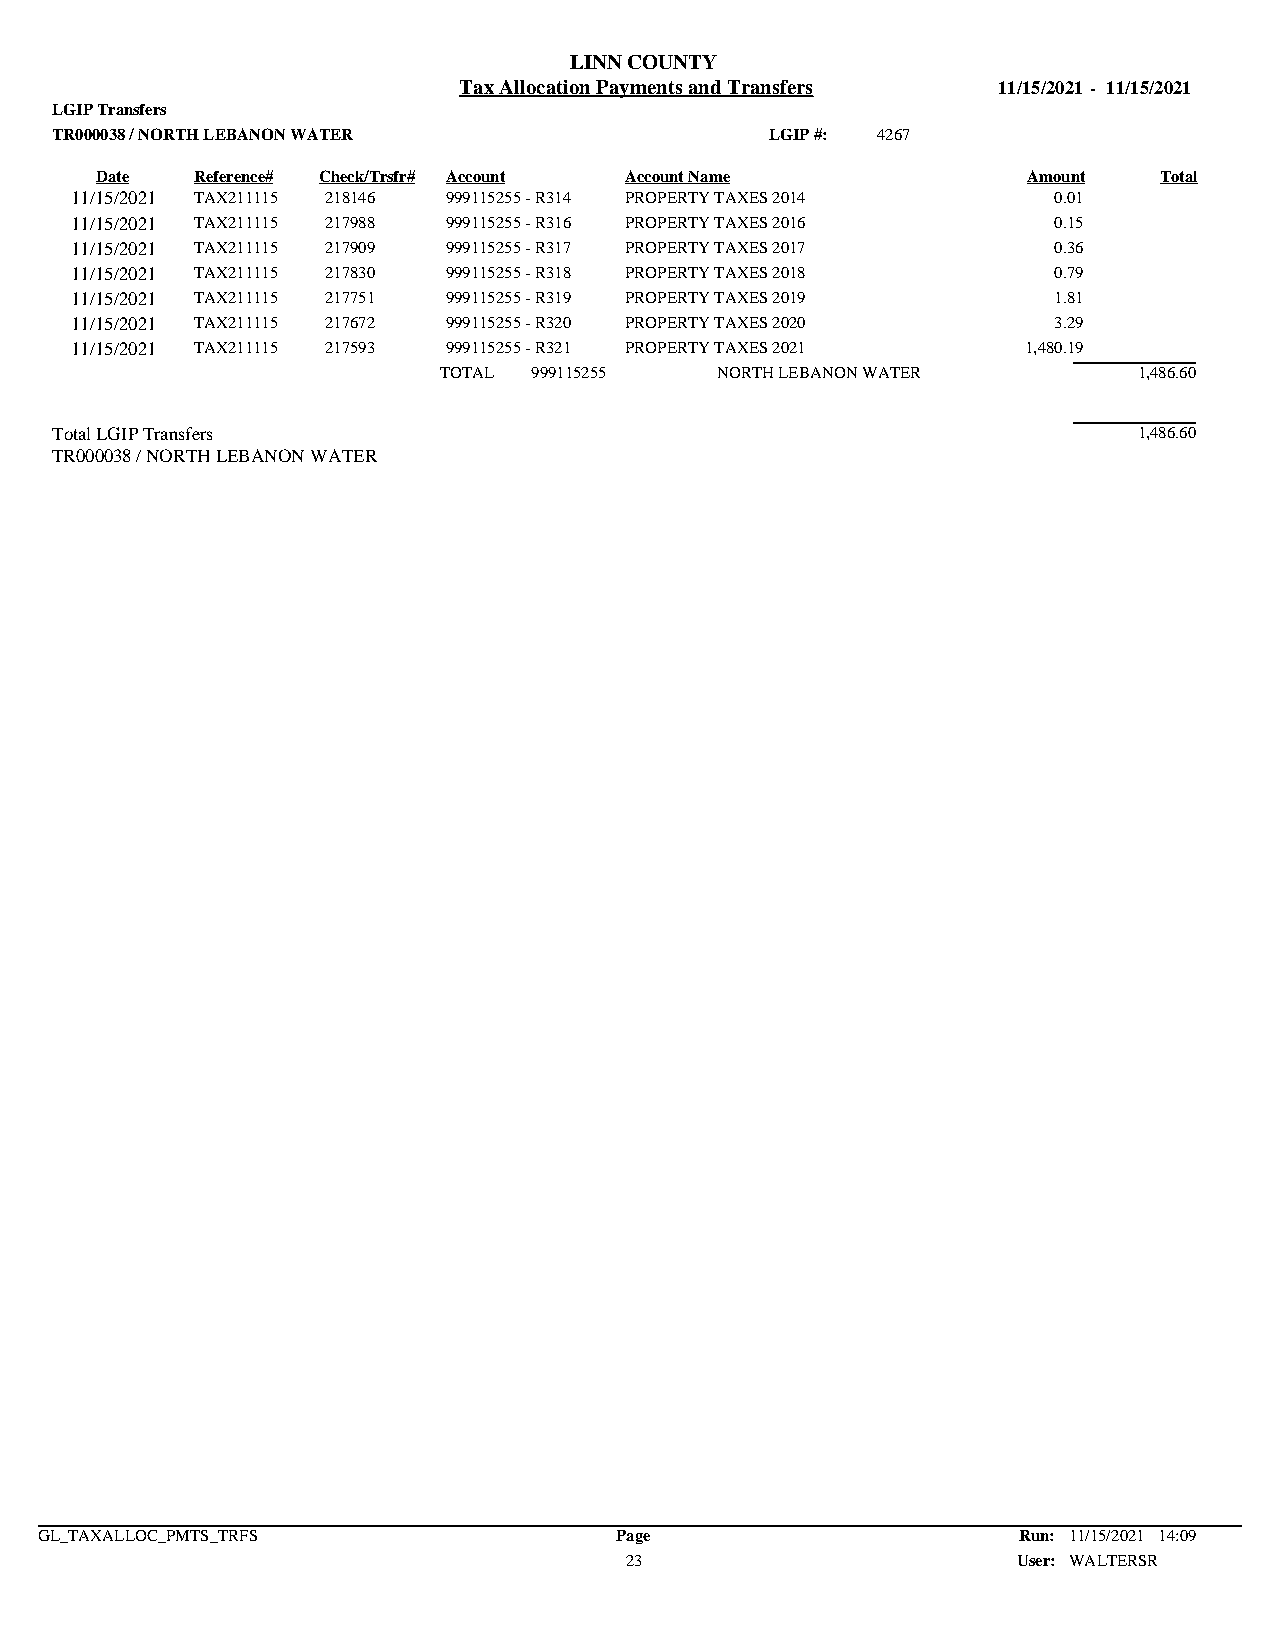
LINN COUNTY
 Tax Allocation Payments and Transfers 11/15/2021 - 11/15/2021
 LGIP Transfers
 TR000038 / NORTH LEBANON WATER                  LGIP #: 4267
 Date   Reference# Check/Trsfr# Account Account Name           Amount   Total
 11/15/2021 TAX211115 218146 999115255 - R314 PROPERTY TAXES 2014 0.01
 11/15/2021 TAX211115 217988 999115255 - R316 PROPERTY TAXES 2016 0.15
 11/15/2021 TAX211115 217909 999115255 - R317 PROPERTY TAXES 2017 0.36
 11/15/2021 TAX211115 217830 999115255 - R318 PROPERTY TAXES 2018 0.79
 11/15/2021 TAX211115 217751 999115255 - R319 PROPERTY TAXES 2019 1.81
 11/15/2021 TAX211115 217672 999115255 - R320 PROPERTY TAXES 2020 3.29
 11/15/2021 TAX211115 217593 999115255 - R321 PROPERTY TAXES 2021 1,480.19
 TOTAL 999115255   NORTH LEBANON WATER         1,486.60
 Total LGIP Transfers                                                    1,486.60
 TR000038 / NORTH LEBANON WATER
 GL_TAXALLOC_PMTS_TRFS                  Page                      Run: 11/15/2021 14:09
 23                        User: WALTERSR